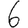
Digit: 6